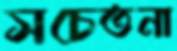
সচেতনা